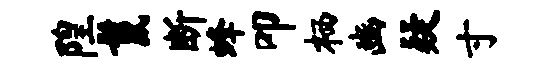
隍鬣断蜂叩栖豳疑寸